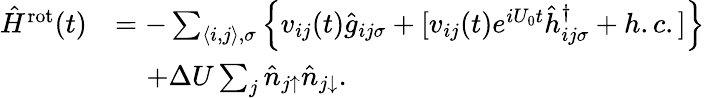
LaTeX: \begin{array}{rl}{\hat{H}^{\mathrm{rot}}(t)}&{=-\sum_{\langle i,j\rangle,\sigma}\left\{ v_{ij}(t)\hat{g}_{ij\sigma}+[v_{ij}(t)e^{iU_{0}t}\hat{h}_{ij\sigma}^{\dagger}+h.c.]\right\} }\\ &{\; \; \; \; +\Delta U\sum_{j}\hat{n}_{j\uparrow}\hat{n}_{j\downarrow}.}\end{array}